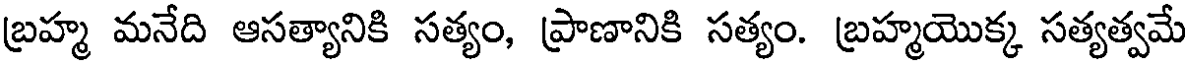
బ్రహ్మ మనేది ఆసత్యానికి సత్యం, ప్రాణానికి సత్యం. బ్రహ్మయొక్క సత్యత్వమే